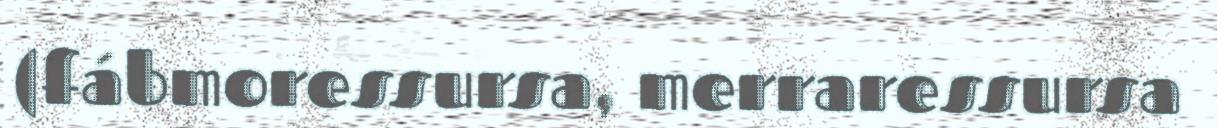
(fábmoressursa, merraressursa